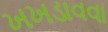
ખખડાવવા